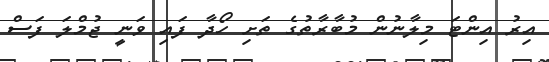
އިރު އިންޓަ މިލާނުން މުބާރާތުގެ ތަށި ހޯދާ ފައި ވަނީ ޖުމްލަ ފަސް